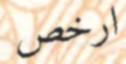
ارخص